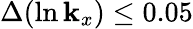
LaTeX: {\Delta}(\ln\mathbf{k}_{x})\leq0.05